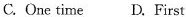
C.One time D.First